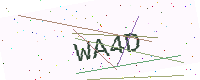
Text: WA4D